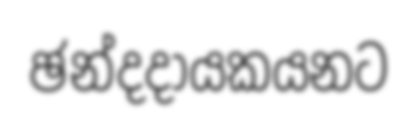
ඡන්දදායකයනට